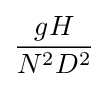
{\frac {gH}{N^{2}D^{2}}}